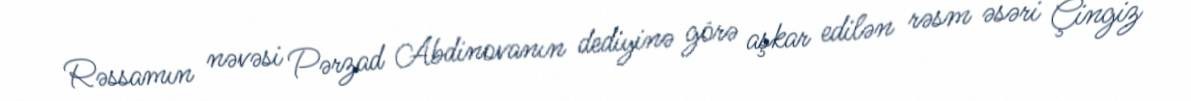
Rəssamın nəvəsi Pərzad Abdinovanın dediyinə görə aşkar edilən rəsm əsəri Çingiz